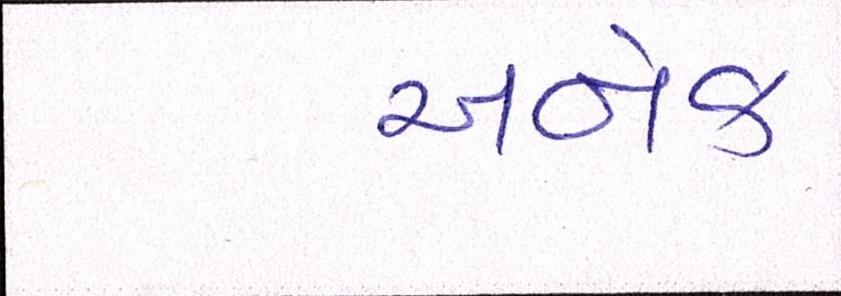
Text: અનેક